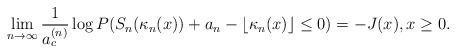
LaTeX: \begin{align*}\lim_{n\to\infty}\frac{1}{a_c^{(n)}}\log P(S_n(\kappa_n(x))+a_n-\lfloor\kappa_n(x)\rfloor\leq 0)=-J(x),x\geq 0.\end{align*}